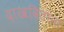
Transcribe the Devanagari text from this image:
दाखवितांना